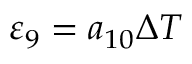
{ { \varepsilon } _ { 9 } } = { { a } _ { 1 0 } } \Delta T